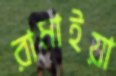
রামাইয়া